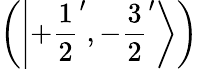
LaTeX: \left(\left|+{\frac{1}{2}}^{\prime},-{\frac{3}{2}}^{\prime}\right\rangle\right)